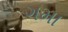
ગમા